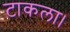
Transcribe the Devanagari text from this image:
टाकला।